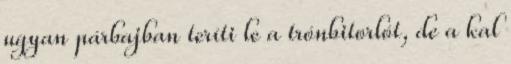
ugyan párbajban teríti le a trónbitorlót, de a kal